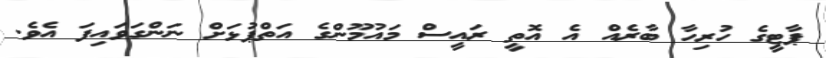
ޕާޓީގެ ހުރިހާ ބާރެއް އެ އޮތީ ރައީސް މައުމޫންގެ އަތްޕުޅަށް ނަންގަވައިފަ އެވެ.